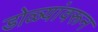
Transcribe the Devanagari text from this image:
डोळ्यांवरून